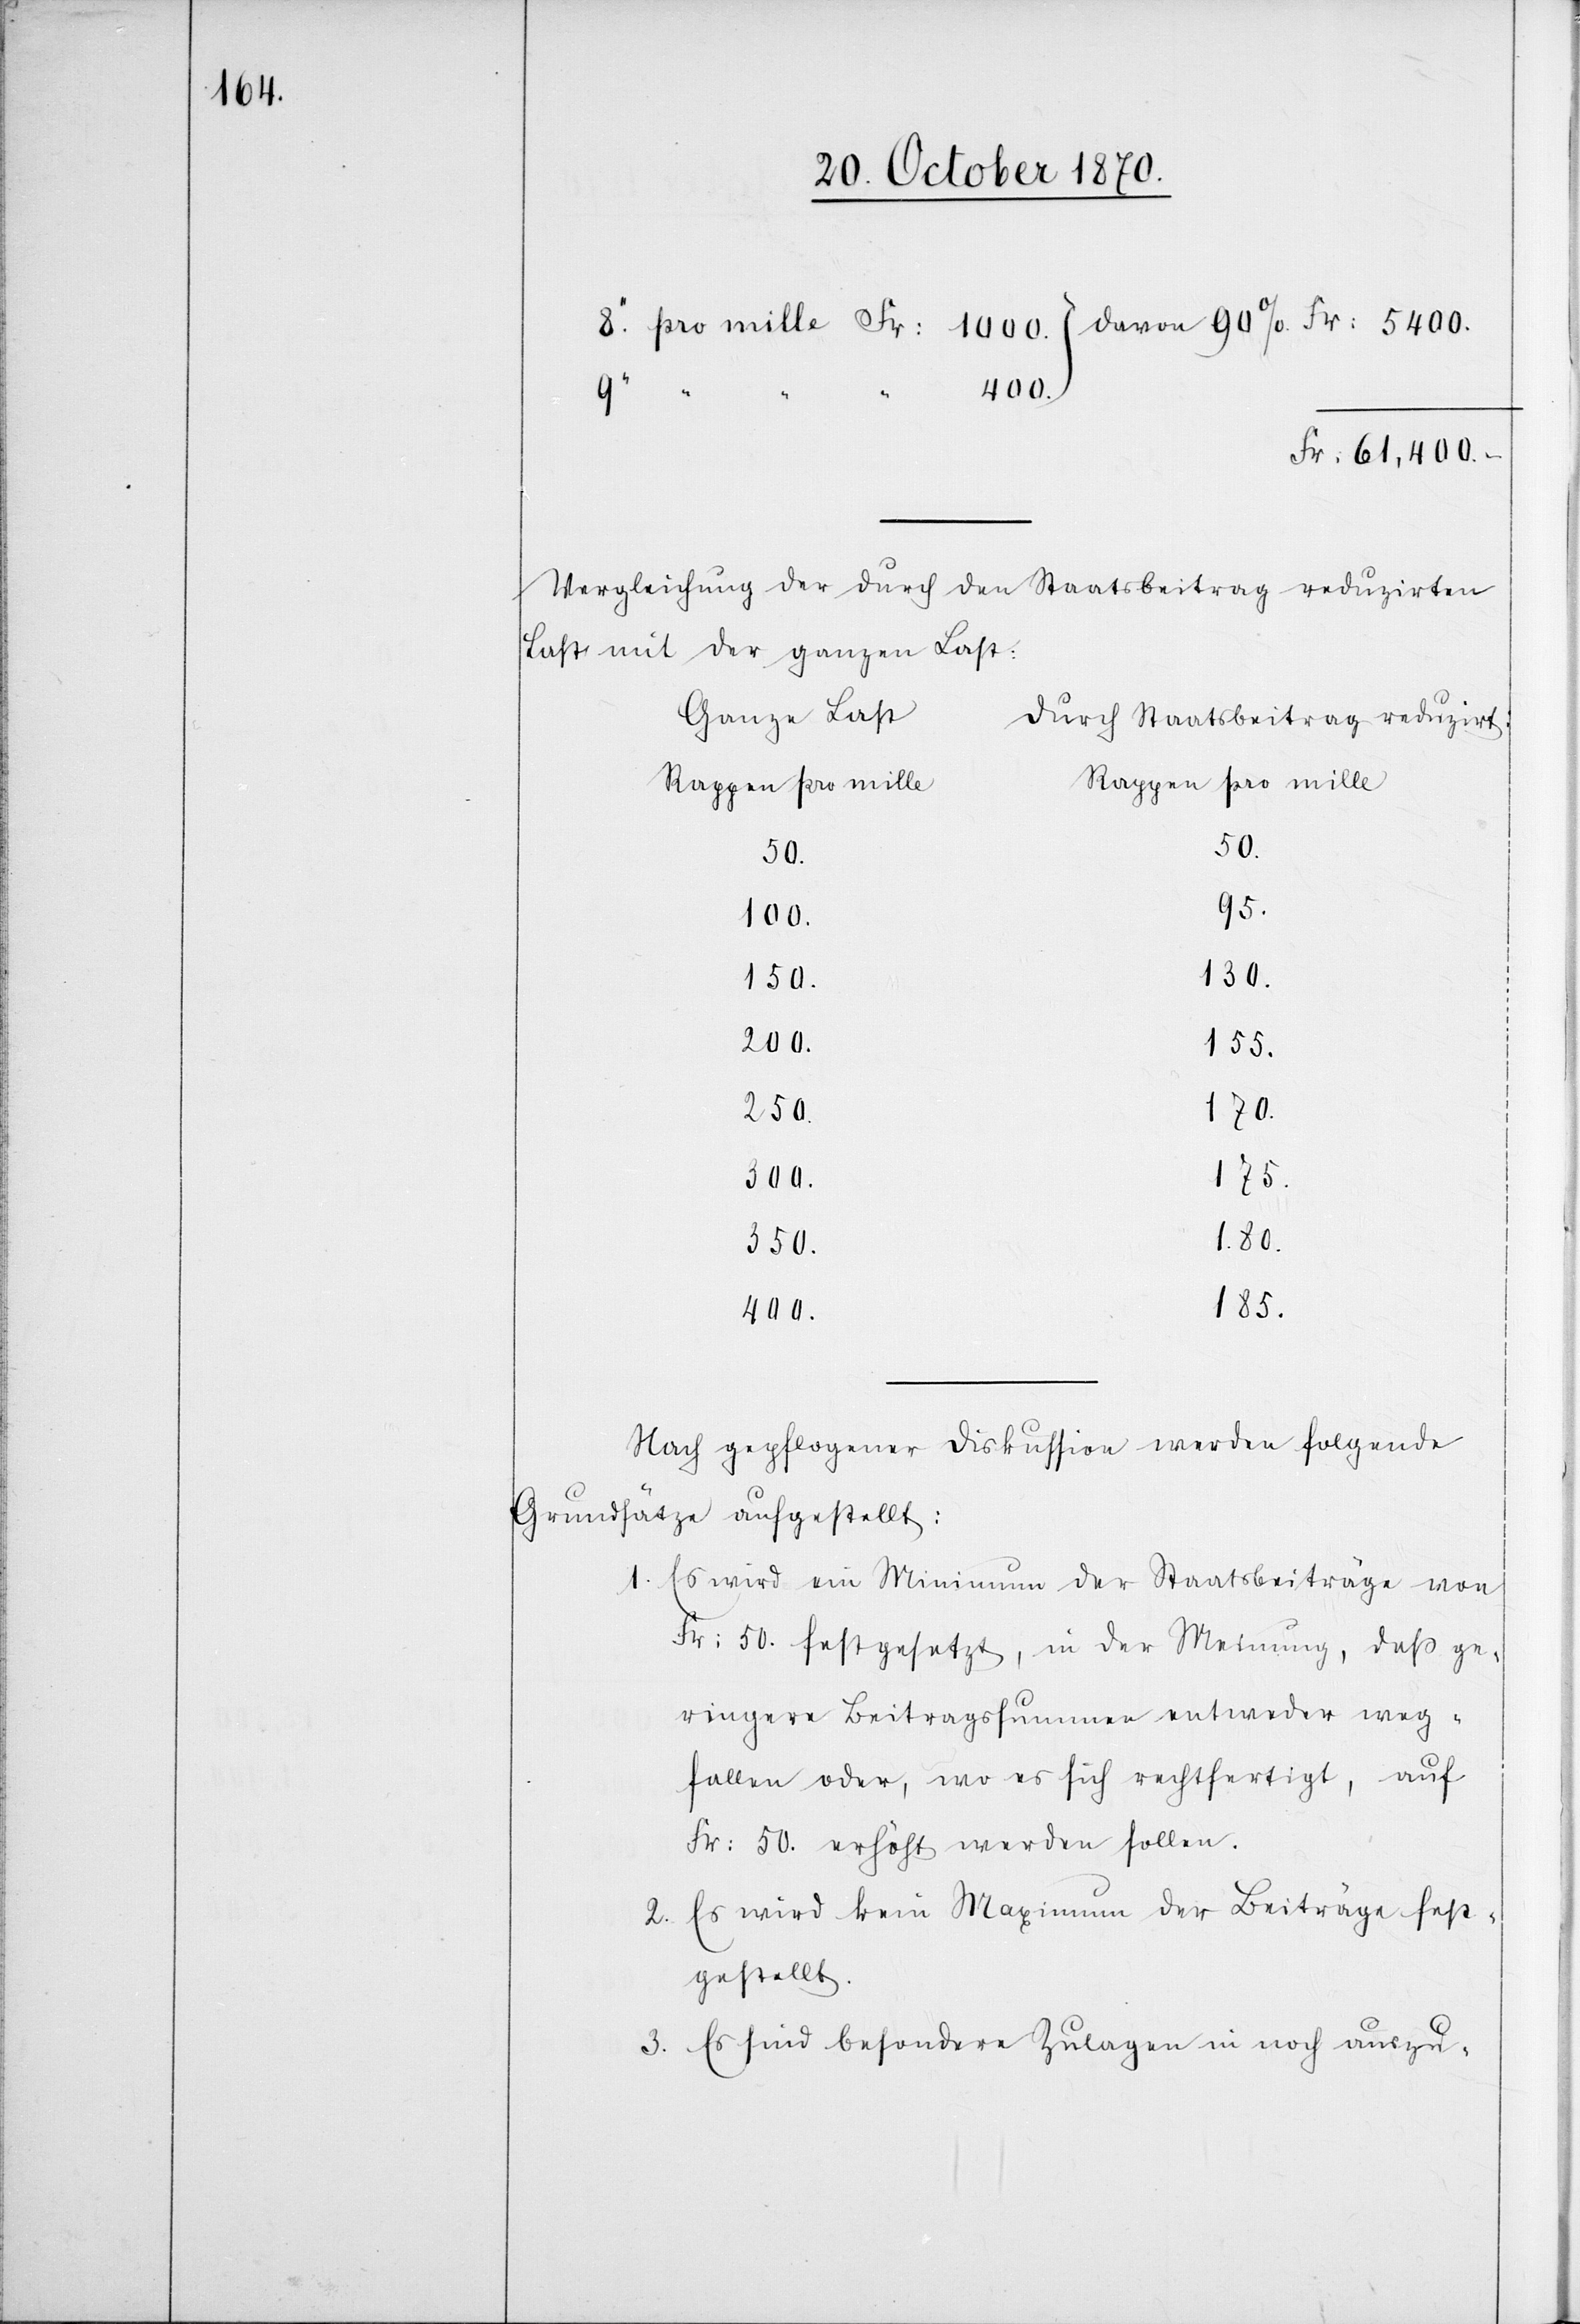
61,400.–
Fr.
Vergleichung der durch den Staatsbeitrag reduzirten
Last mit der ganzen Last:
Ganze Last
durch Staatsbeitrag reduzirt:
Rappen pro mille
50.
50.
95.
100.
150.
130.
200.
155.
250.
170.
300.
175.
350.
185.
400.
Nach gepflogener Diskussion werden folgende
Grundsätze aufgestellt:
1. Es wird ein Minimum der Staatsbeiträge von
Fr: 50. festgesetzt, in der Meinung, daß ge¬
ringere Beitragssummen entweder weg¬
fallen oder, wo es sich rechtfertigt, auf
Fr: 50 erhöht werden sollen.
2. Es wird kein Maximum der Beiträge fest¬
gestellt.
3. Es sind besondere Zulagen in noch auszu-